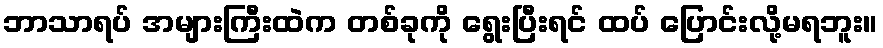
ဘာသာရပ် အများကြီးထဲက တစ်ခုကို ရွေးပြီးရင် ထပ် ပြောင်းလို့မရဘူး။